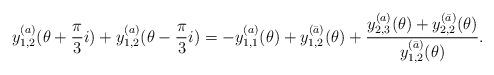
LaTeX: \begin{align*}y^{(a)}_{1,2} (\theta+\frac{\pi}{3}i) + y^{(a)}_{1,2} (\theta-\frac{\pi}{3}i) = - y^{(a)}_{1,1} (\theta) +y^{(\bar{a})}_{1,2}(\theta)+\frac{ y^{(a)}_{2,3}(\theta) + y^{(\bar{a})}_{2,2}(\theta)}{y^{(\bar{a})}_{1,2}(\theta)}.\end{align*}